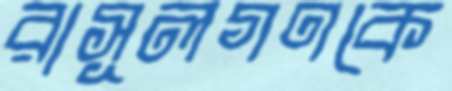
রাসূলগণকে